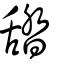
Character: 𦧟